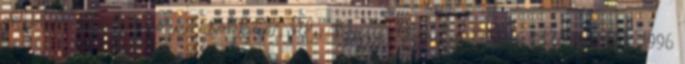
október 23-i koszorúzásokban", véli Nagy Gyula, 1994-ig Fidesz-tag. 1996